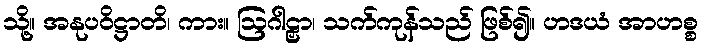
သို့။ အနုပဝိဋ္ဌာတိ၊ ကား။ ဩဂါဠှာ၊ သက်ကုန်သည် ဖြစ်၍။ ဟဒယံ အာဟစ္စ